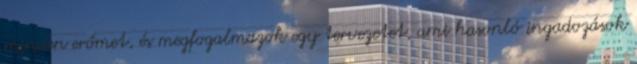
minden erőmet, és megfogalmazok egy tervezetet, ami hasonló ingadozások